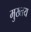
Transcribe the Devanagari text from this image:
मुख्तय